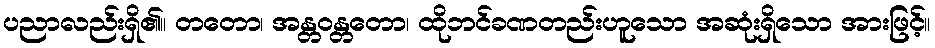
ပညာလည်းရှိ၏။ တတော၊ အန္တဝန္တတော၊ ထိုဘင်ခဏတည်းဟူသော အဆုံးရှိသော အားဖြင့်။